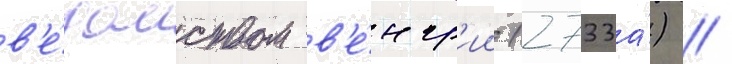
в'е́домством в'е́нгр'ии (2733а́) //